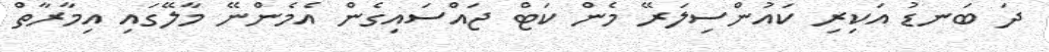
ދަ ބަނޑު އަކިރި ކައުންސިލަރޭ މެން ކަޓް ޖައްސައިގެން އެމެންނޭ މާލޭގައި އިމާރާތް